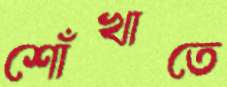
শোঁখাতে